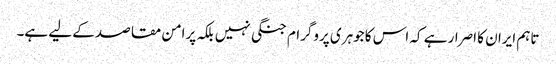
تاہم ایران کا اصرار ہے کہ اس کا جوہری پروگرام جنگی نہیں بلکہ پرامن مقاصد کے لیے ہے۔